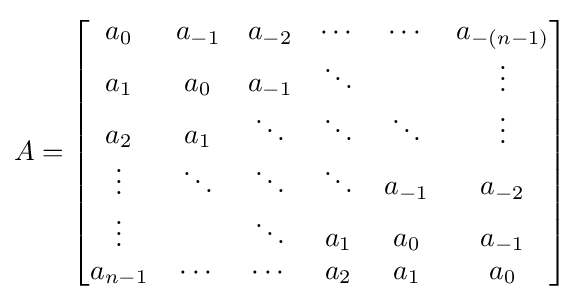
A={\begin{bmatrix}a_{0}&a_{-1}&a_{-2}&\cdots &\cdots &a_{-(n-1)}\\a_{1}&a_{0}&a_{-1}&\ddots &&\vdots \\a_{2}&a_{1}&\ddots &\ddots &\ddots &\vdots \\\vdots &\ddots &\ddots &\ddots &a_{-1}&a_{-2}\\\vdots &&\ddots &a_{1}&a_{0}&a_{-1}\\a_{n-1}&\cdots &\cdots &a_{2}&a_{1}&a_{0}\end{bmatrix}}